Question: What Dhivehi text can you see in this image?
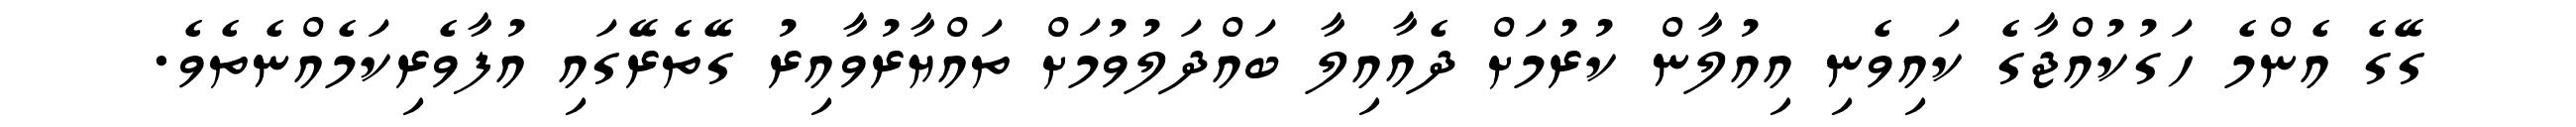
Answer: ގޭގެ އެންމެ ހަގުކުއްޖާގެ ކައިވެނި އިއުލާން ކުރުމަށް ދެއާއިލާ ބައްދަލުވުމަށް ތައްޔާރުވާއިރު ގޭތެރޭގައި އުފާވެރިކަމެއްނެތެވެ.